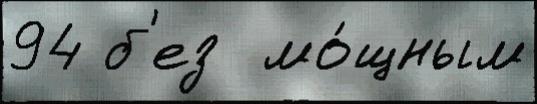
94 б'ез  мо́щным